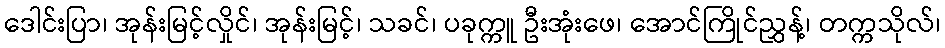
ဒေါင်းပြာ၊ အုန်းမြင့်လှိုင်၊ အုန်းမြင့်၊ သခင်၊ ပခုက္ကူ ဦးအုံးဖေ၊ အောင်ကြိုင်ညွှန့်၊ တက္ကသိုလ်၊